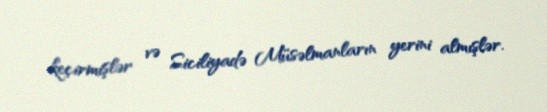
keçirmişlər və Siciliyadə Müsəlmanların yerini almışlər.